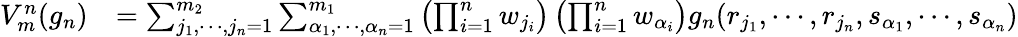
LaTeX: \begin{array}{rl}{V_{m}^{n}(g_{n})}&{=\sum_{j_{1},\cdots,j_{n}=1}^{m_{2}}\sum_{\alpha_{1},\cdots,\alpha_{n}=1}^{m_{1}}\left(\prod_{i=1}^{n}w_{j_{i}}\right)\left(\prod_{i=1}^{n}w_{\alpha_{i}}\right)g_{n}(r_{j_{1}},\cdots,r_{j_{n}},s_{\alpha_{1}},\cdots,s_{\alpha_{n}})}\end{array}